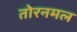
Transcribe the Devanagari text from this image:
तोरनमल